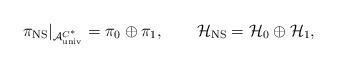
LaTeX: \begin{align*}\pi_{\rm NS}|_{{\cal A}_{\rm univ}^{C^*}} =\pi_0 \oplus \pi_1,\qquad{\cal H}_{\rm NS}={\cal H}_0 \oplus {\cal H}_1,\end{align*}